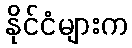
နိုင်ငံများက